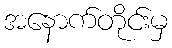
အနောက်တိုင်းမှ